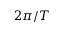
2 \pi / T